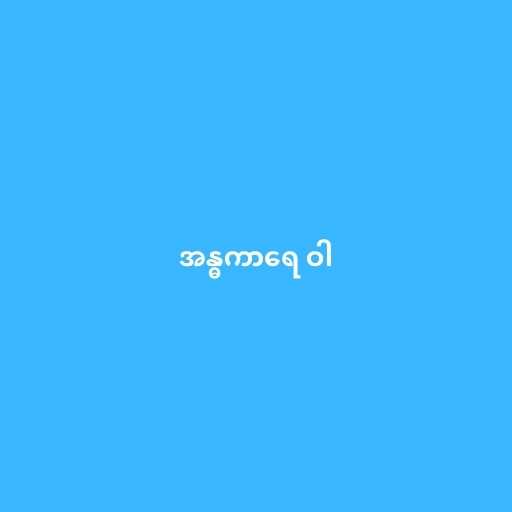
အန္ဓကာရေ ဝါ